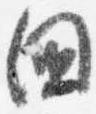
国